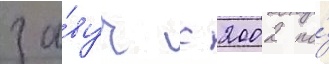
за́вуч с 2002 по́